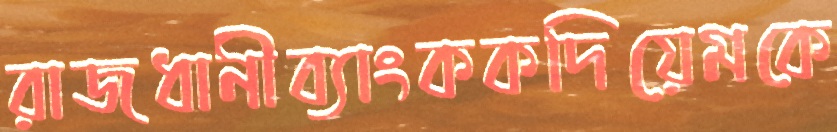
রাজধানীব্যাংককদিয়েমকে